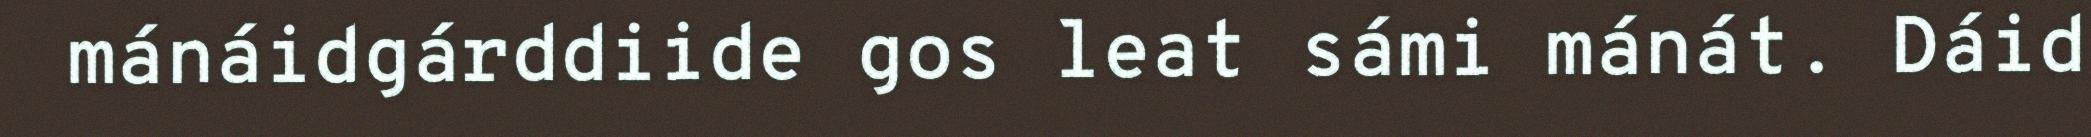
mánáidgárddiide gos leat sámi mánát. Dáid